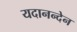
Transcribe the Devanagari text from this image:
यदानन्देन